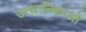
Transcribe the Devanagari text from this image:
उत्थानिकाओं